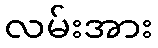
လမ်းအား